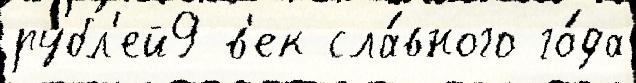
рубл'ей9 в'ек сла́вного го́да